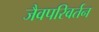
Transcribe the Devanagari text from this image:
जैवपरिवर्तन